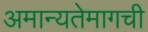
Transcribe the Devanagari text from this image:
अमान्यतेमागची